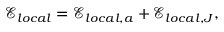
\mathcal { E } _ { l o c a l } = \mathcal { E } _ { l o c a l , a } + \mathcal { E } _ { l o c a l , J } ,